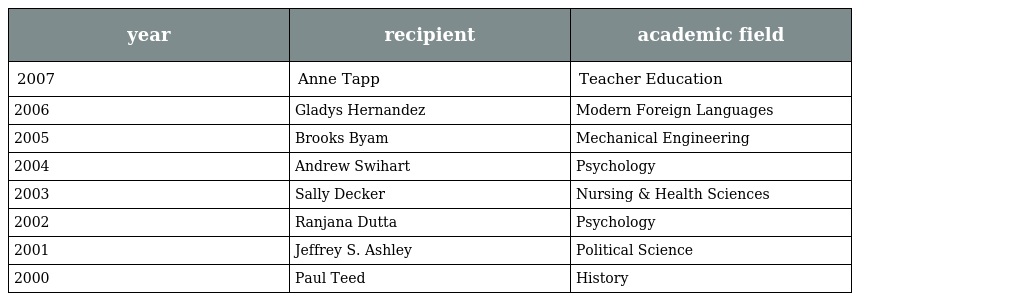
| year | recipient | academic field |
 | --- | --- | --- |
 | 2007 | Anne Tapp | Teacher Education |
 | 2006 | Gladys Hernandez | Modern Foreign Languages |
 | 2005 | Brooks Byam | Mechanical Engineering |
 | 2004 | Andrew Swihart | Psychology |
 | 2003 | Sally Decker | Nursing & Health Sciences |
 | 2002 | Ranjana Dutta | Psychology |
 | 2001 | Jeffrey S. Ashley | Political Science |
 | 2000 | Paul Teed | History |